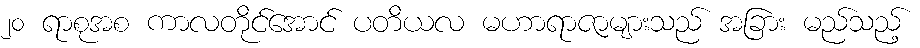
၂၀ ရာစုအစ ကာလတိုင်အောင် ပတိယလ မဟာရာဇာများသည် အခြား မည်သည့်